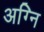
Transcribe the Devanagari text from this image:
अग्‍नि